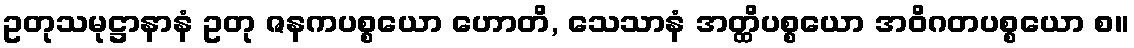
ဥတုသမုဋ္ဌာနာနံ ဥတု ဇနကပစ္စယော ဟောတိ, သေသာနံ အတ္ထိပစ္စယော အဝိဂတပစ္စယော စ။